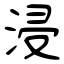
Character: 浸